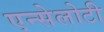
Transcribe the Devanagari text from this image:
एन्सेलोटी